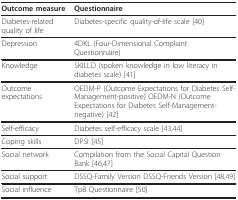
<table><thead><tr><td><b>Outcome measure</b></td><td><b>Questionnaire</b></td></tr></thead><tbody><tr><td>Diabetes-related quality of life</td><td>Diabetes-specific quality-of-life scale [40]</td></tr><tr><td>Depression</td><td>4DKL (Four-Dimensional Compliant Questionnaire)</td></tr><tr><td>Knowledge</td><td>SKILLD (spoken knowledge in low literacy in diabetes scale) [41]</td></tr><tr><td>Outcome expectations</td><td>OEDM-P (Outcome Expectations for Diabetes Self-Management-positive) OEDM-N (Outcome Expectations for Diabetes Self-Management-negative) [42]</td></tr><tr><td>Self-efficacy</td><td>Diabetes self-efficacy scale [43,44]</td></tr><tr><td>Coping skills</td><td>DPSI [45]</td></tr><tr><td>Social network</td><td>Compilation from the Social Capital Question Bank [46,47]</td></tr><tr><td>Social support</td><td>DSSQ-Family Version DSSQ-Friends Version [48,49]</td></tr><tr><td>Social influence</td><td>TpB Questionnaire [50]</td></tr></tbody></table>